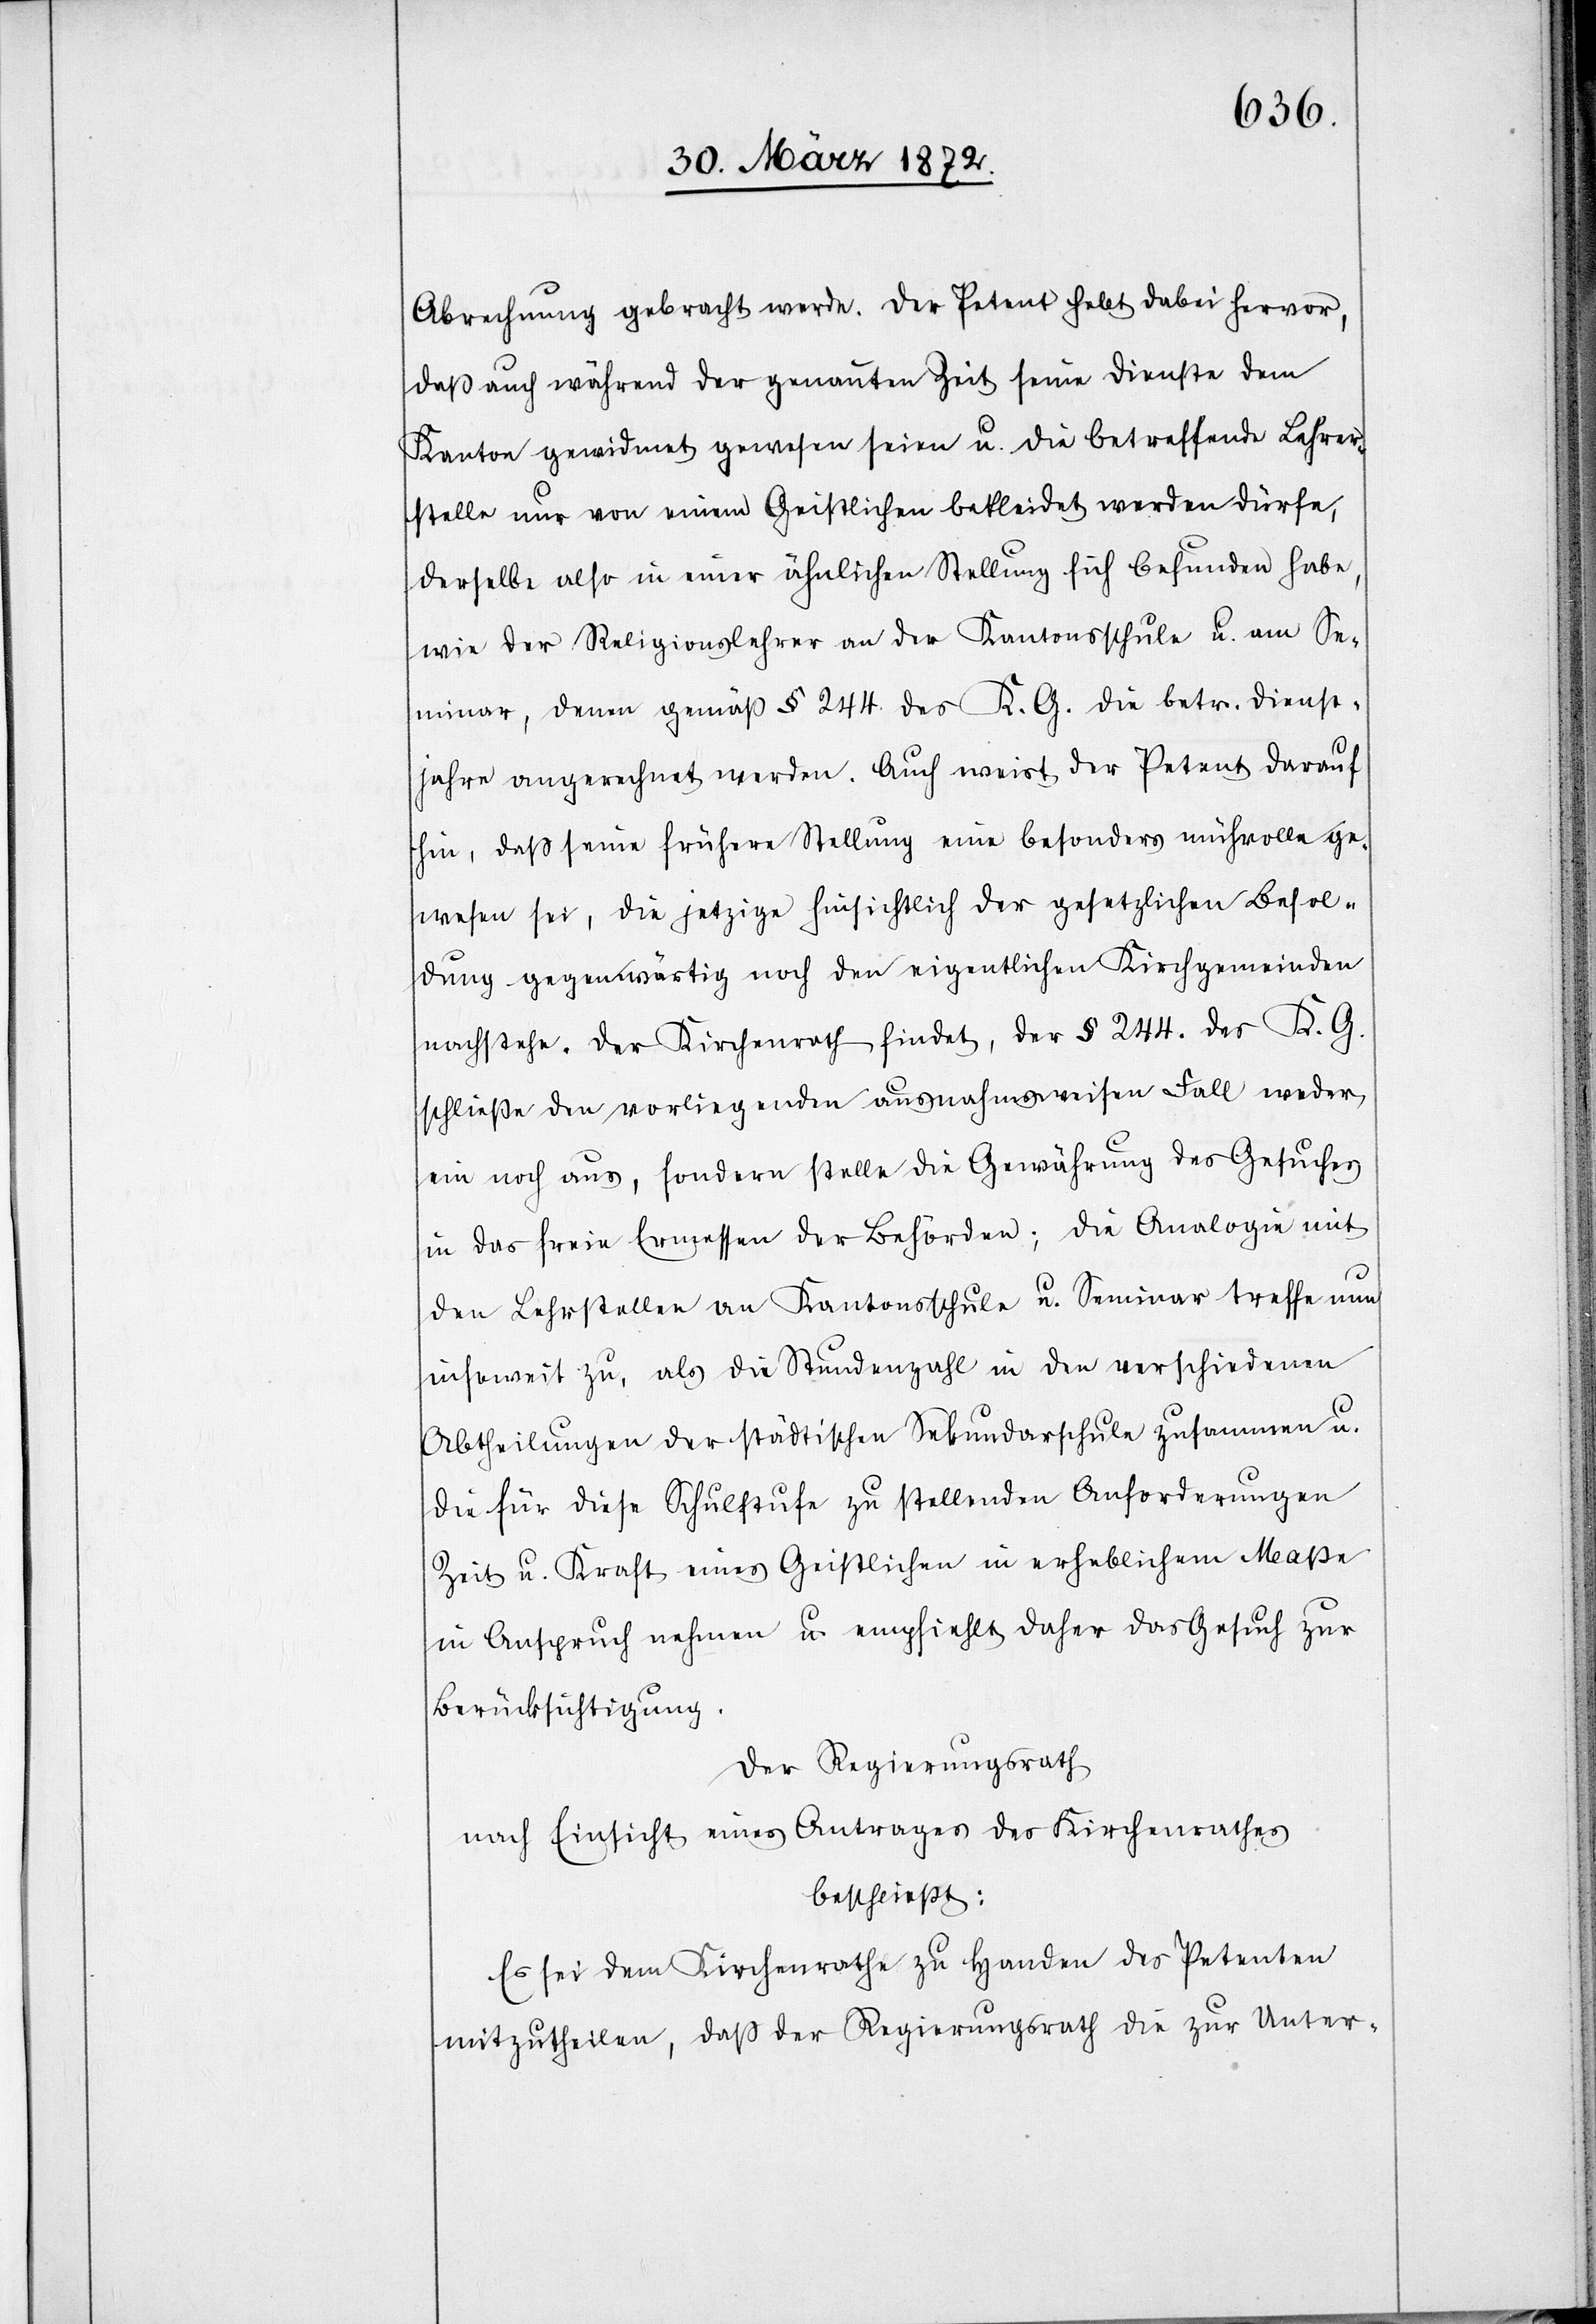
Abrechnung gebracht werde. Der Petent hebt dabei hervor,
daß auch während der genannten Zeit seine Dienste dem
Kanton gewidmet gewesen seien u. die betreffende Lehrer¬
stelle nur von einem Geistlichen bekleidet werden dürfe,
derselbe also in einer ähnlichen Stellung sich befunden habe,
wie der Religionslehrer an der Kantonsschule u. am Se¬
minar, denen gemäß § 244. des K. G. die betr. Dienst¬
jahre angerechnet werden. Auch weist der Petent darauf
hin, daß seine frühere Stellung eine besonders mühvolle ge¬
wesen sei, die jetzige hinsichtlich der gesetzlichen Besol¬
dung gegenwärtig noch den eigentlichen Kirchgemeinden
nachstehe. Der Kirchenrath findet, der § 244. des K. G.
schließe den vorliegenden ausnahmsweisen Fall weder
ein noch aus, sondern stelle die Gewährung des Gesuches
in das freie Ermessen der Behörden; die Analogie mit
den Lehrstellen an Kantonsschule u. Seminar treffe nun
insoweit zu, als die Stundenzahl in den verschiedenen
Abtheilungen der städtischen Sekundarschule zusammen u.
die für diese Schulstufe zu stellenden Anforderungen
Zeit u. Kraft eines Geistlichen in erheblichem Maße
in Anspruch nehmen u. empfiehlt daher das Gesuch zur
Berücksichtigung.
Der Regierungsrath
nach Einsicht eines Antrages des Kirchenrathes
beschließt:
Es sei dem Kirchenrathe zu Handen des Petenten
mitzutheilen, daß der Regierungsrath die zur Unter-